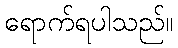
ရောက်ရပါသည်။